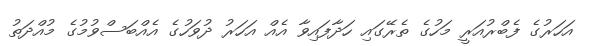
އަހަރުގެ ފެބްރުއަރީ މަހުގެ ތެރޭގައި ހަދާފައިވާ އެއް އަހަރު ދުވަހުގެ އެއްބަސްވުމުގެ މުއްދަތު